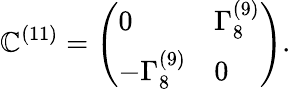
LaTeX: \mathbb{C}^{(11)}=\left(\begin{array}{ll}{{0}}&{{\Gamma_{8}^{(9)}}}\\ {{-\Gamma_{8}^{(9)}}}&{{0}}\end{array}\right).